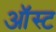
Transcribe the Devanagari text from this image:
ऑस्ट